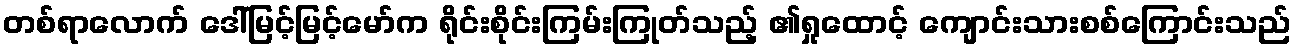
တစ်ရာလောက် ဒေါ်မြင့်မြင့်မော်က ရိုင်းစိုင်းကြမ်းကြုတ်သည့် ၏ရှုထောင့် ကျောင်းသားစစ်ကြောင်းသည်